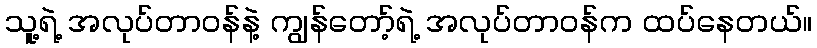
သူ့ရဲ့ အလုပ်တာဝန်နဲ့ ကျွန်တော့်ရဲ့ အလုပ်တာဝန်က ထပ်နေတယ်။